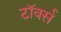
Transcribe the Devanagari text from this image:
टाॅवर्स